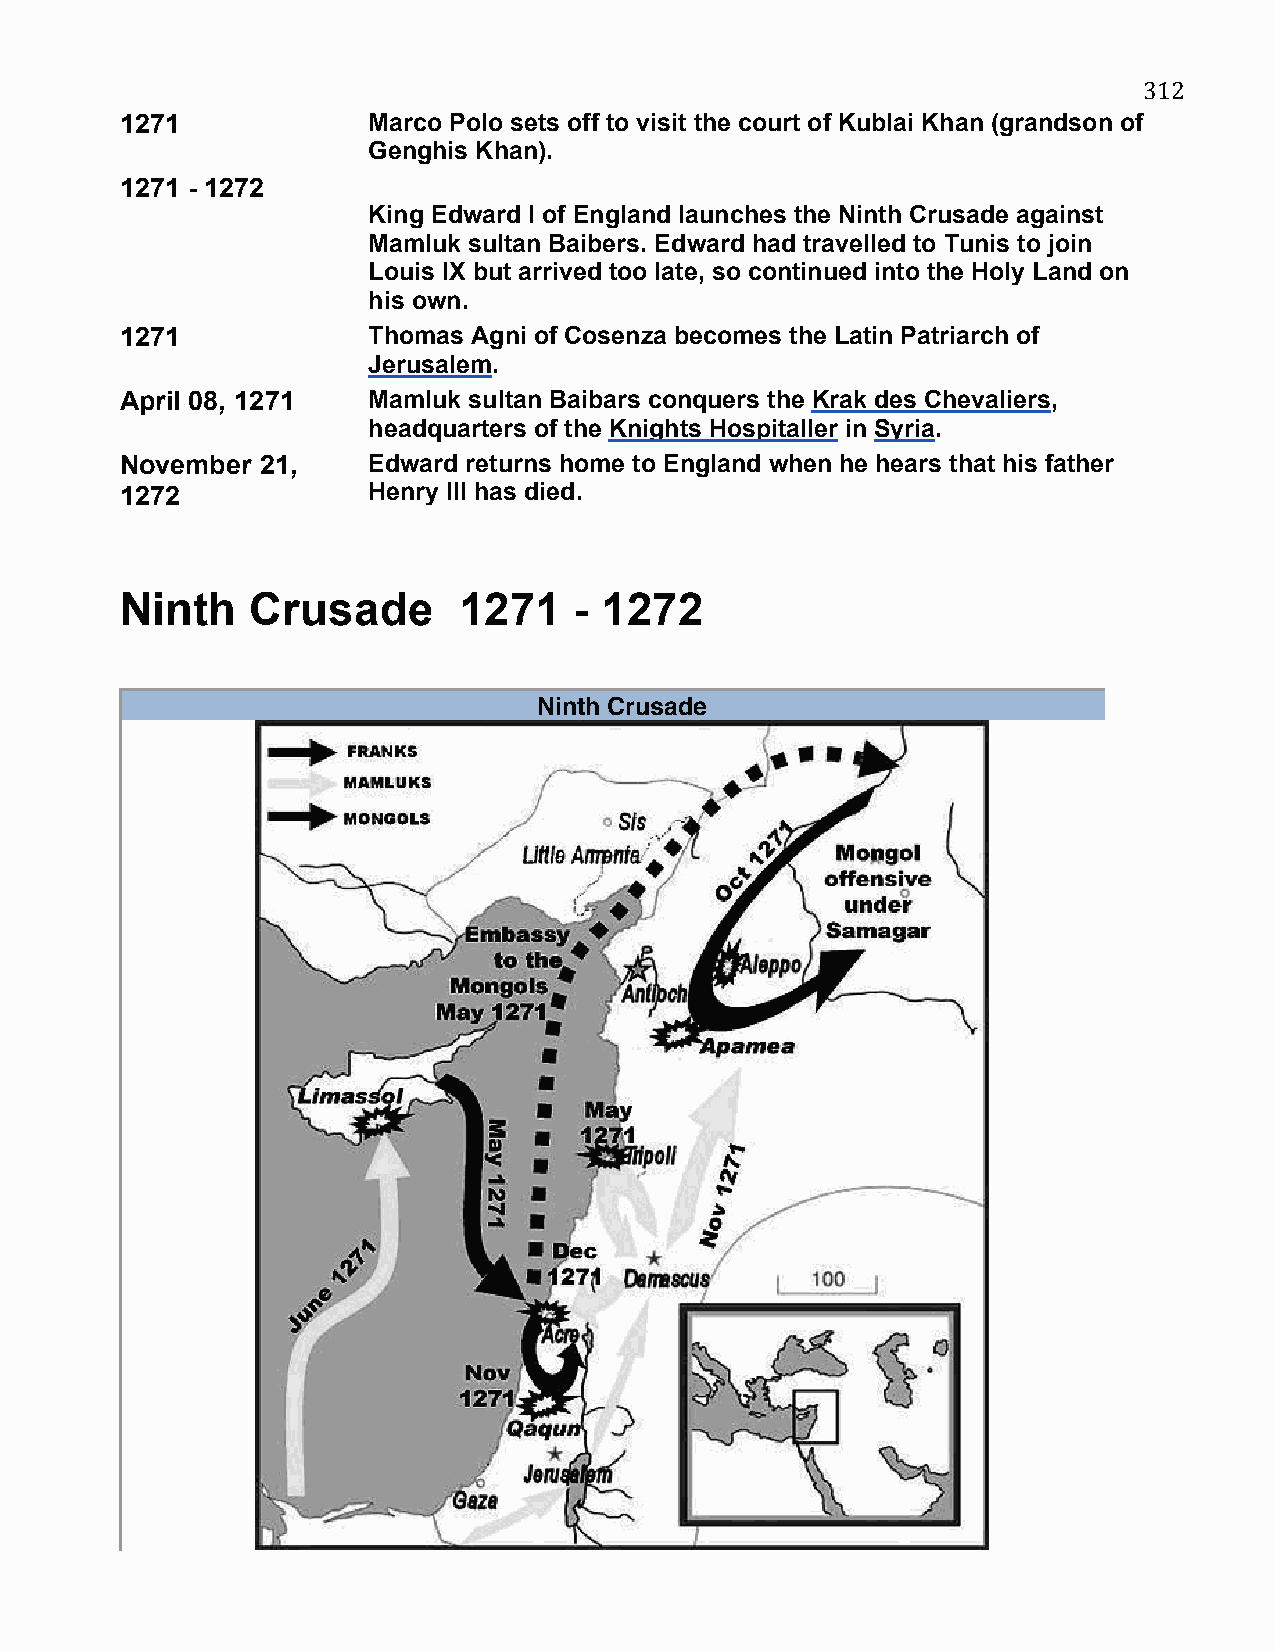
312
 1271            Marco Polo sets off to visit the court of Kublai Khan (grandson of
 Genghis Khan).
 1271 - 1272
 King Edward I of England launches the Ninth Crusade against
 Mamluk sultan Baibers. Edward had travelled to Tunis to join
 Louis IX but arrived too late, so continued into the Holy Land on
 his own.
 1271            Thomas Agni of Cosenza becomes the Latin Patriarch of
 Jerusalem.
 April 08, 1271  Mamluk sultan Baibars conquers the Krak des Chevaliers,
 headquarters of the Knights Hospitaller in Syria.
 November 21,    Edward returns home to England when he hears that his father
 1272            Henry III has died.
 Ninth    Crusade      1271    - 1272
 Ninth Crusade
 Operations during the Ninth Crusade.